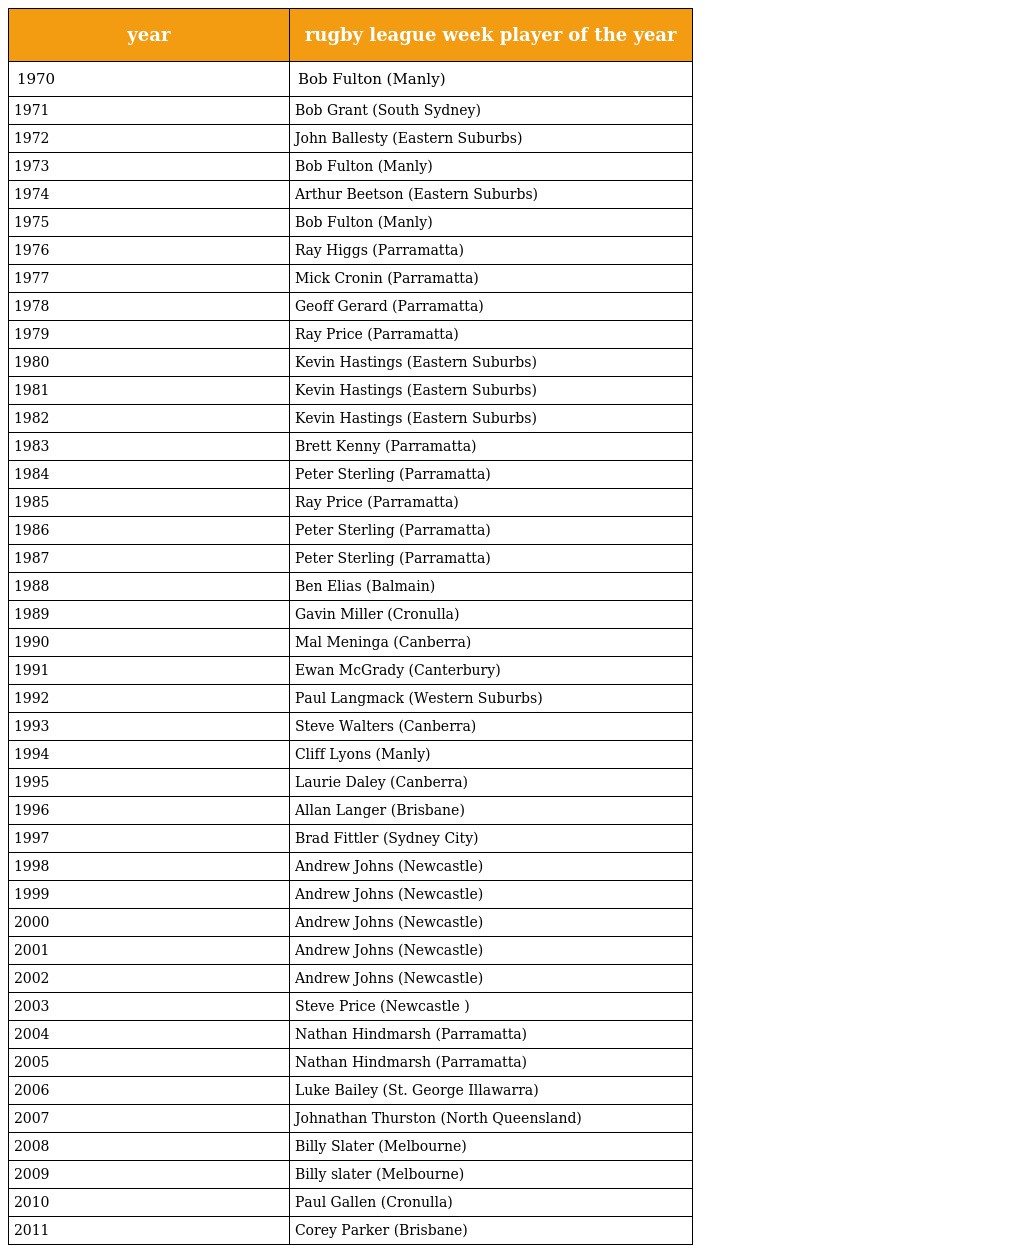
| year | rugby league week player of the year |
 | --- | --- |
 | 1970 | Bob Fulton (Manly) |
 | 1971 | Bob Grant (South Sydney) |
 | 1972 | John Ballesty (Eastern Suburbs) |
 | 1973 | Bob Fulton (Manly) |
 | 1974 | Arthur Beetson (Eastern Suburbs) |
 | 1975 | Bob Fulton (Manly) |
 | 1976 | Ray Higgs (Parramatta) |
 | 1977 | Mick Cronin (Parramatta) |
 | 1978 | Geoff Gerard (Parramatta) |
 | 1979 | Ray Price (Parramatta) |
 | 1980 | Kevin Hastings (Eastern Suburbs) |
 | 1981 | Kevin Hastings (Eastern Suburbs) |
 | 1982 | Kevin Hastings (Eastern Suburbs) |
 | 1983 | Brett Kenny (Parramatta) |
 | 1984 | Peter Sterling (Parramatta) |
 | 1985 | Ray Price (Parramatta) |
 | 1986 | Peter Sterling (Parramatta) |
 | 1987 | Peter Sterling (Parramatta) |
 | 1988 | Ben Elias (Balmain) |
 | 1989 | Gavin Miller (Cronulla) |
 | 1990 | Mal Meninga (Canberra) |
 | 1991 | Ewan McGrady (Canterbury) |
 | 1992 | Paul Langmack (Western Suburbs) |
 | 1993 | Steve Walters (Canberra) |
 | 1994 | Cliff Lyons (Manly) |
 | 1995 | Laurie Daley (Canberra) |
 | 1996 | Allan Langer (Brisbane) |
 | 1997 | Brad Fittler (Sydney City) |
 | 1998 | Andrew Johns (Newcastle) |
 | 1999 | Andrew Johns (Newcastle) |
 | 2000 | Andrew Johns (Newcastle) |
 | 2001 | Andrew Johns (Newcastle) |
 | 2002 | Andrew Johns (Newcastle) |
 | 2003 | Steve Price (Newcastle ) |
 | 2004 | Nathan Hindmarsh (Parramatta) |
 | 2005 | Nathan Hindmarsh (Parramatta) |
 | 2006 | Luke Bailey (St. George Illawarra) |
 | 2007 | Johnathan Thurston (North Queensland) |
 | 2008 | Billy Slater (Melbourne) |
 | 2009 | Billy slater (Melbourne) |
 | 2010 | Paul Gallen (Cronulla) |
 | 2011 | Corey Parker (Brisbane) |